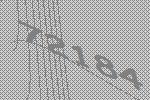
72184